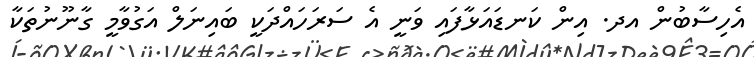
އެހިސާބުން އދ. އިން ކަނޑައަޅާފައި ވަނީ އެ ސަރަހައްދަކީ ބައިނަލް އަގުވާމީ ގާނޫނުތަކާ